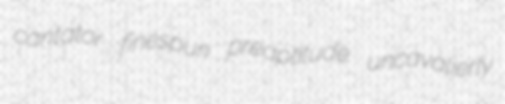
cantator finespun preaptitude uncavalierly